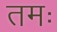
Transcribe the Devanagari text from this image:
तमः